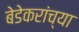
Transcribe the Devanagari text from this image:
बेडेकरांच्या